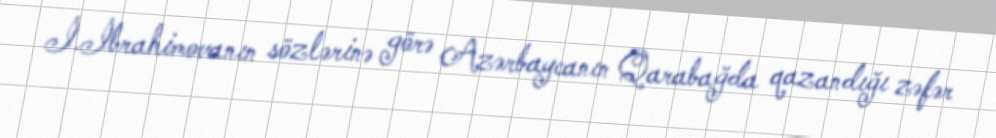
İ.İbrahimovanın sözlərinə görə Azərbaycanın Qarabağda qazandığı zəfər